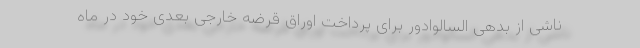
ناشی از بدهی السالوادور برای پرداخت اوراق قرضه خارجی بعدی خود در ماه